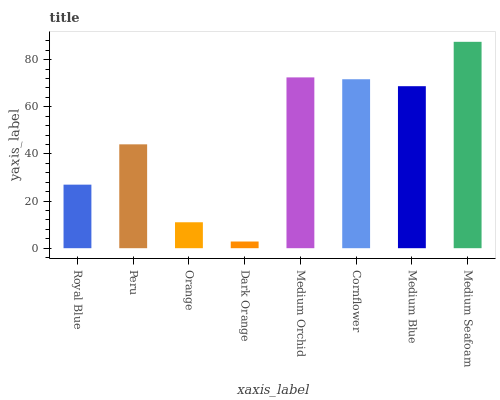
| xaxis_label | bars |
 | --- | --- |
 | Royal Blue | 27 |
 | Peru | 44.1 |
 | Orange | 11 |
 | Dark Orange | 2.84 |
 | Medium Orchid | 72.5 |
 | Cornflower | 71.7 |
 | Medium Blue | 68.7 |
 | Medium Seafoam | 87.6 |